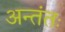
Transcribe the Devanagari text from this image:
अन्तंतः